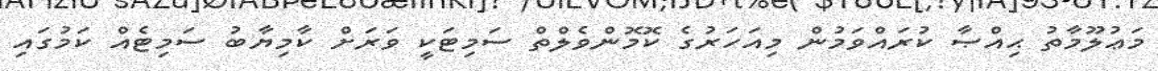
މަޢުލޫމާތު ޙިއްޞާ ކުރައްވަމުން މިއަހަރުގެ ކޮމޮންވެލްތް ސަމިޓަކީ ވަރަށް ކާމިޔާބު ސަމިޓެއް ކަމުގައި